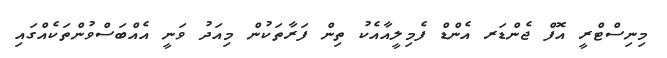
މިނިސްޓްރީ އޮފް ޖެންޑަރ އެންޑް ފެމިލީއާއެކު ތިން ފަރާތަކުން މިއަދު ވަނީ އެއްބަސްވުންތަކެއްގައި